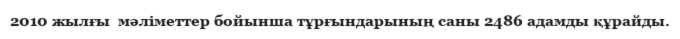
2010 жылғы  мәліметтер бойынша тұрғындарының саны 2486 адамды құрайды.